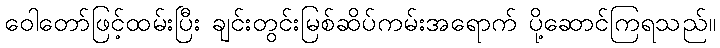
ဝေါတော်ဖြင့်ထမ်းပြီး ချင်းတွင်းမြစ်ဆိပ်ကမ်းအရောက် ပို့ဆောင်ကြရသည်။